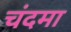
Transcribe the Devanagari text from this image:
चंदमा